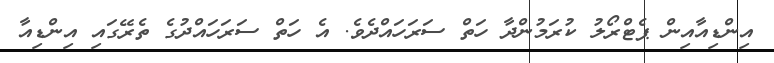
އިންޑިއާއިން ޕެޓްރޯލު ކުރަމުންދާ ހަތް ސަަރަހައްދެވެ. އެ ހަތް ސަރަހައްދުގެ ތެރޭގައި އިންޑިއާ